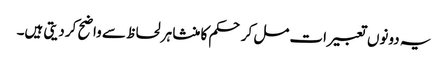
یہ دونوں تعبیرات مل کر حکم کا منشا ہر لحاظ سے واضح کر دیتی ہیں۔